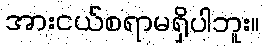
အားငယ်စရာမရှိပါဘူး။